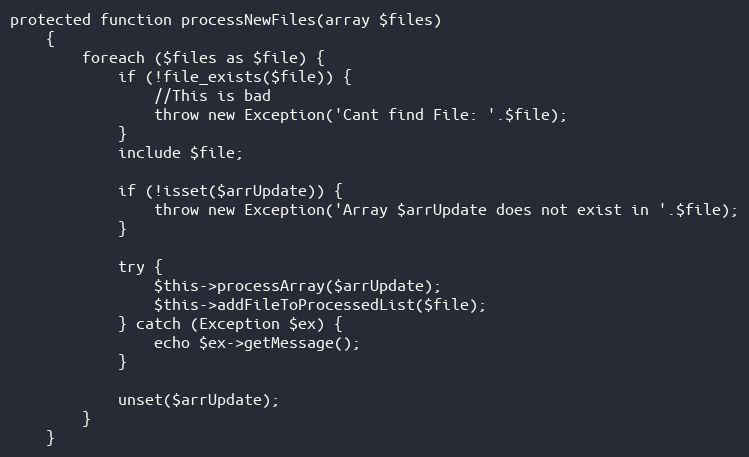
Language: PHP
protected function processNewFiles(array $files)
    {
        foreach ($files as $file) {
            if (!file_exists($file)) {
                //This is bad
                throw new Exception('Cant find File: '.$file);
            }
            include $file;

            if (!isset($arrUpdate)) {
                throw new Exception('Array $arrUpdate does not exist in '.$file);
            }

            try {
                $this->processArray($arrUpdate);
                $this->addFileToProcessedList($file);
            } catch (Exception $ex) {
                echo $ex->getMessage();
            }

            unset($arrUpdate);
        }
    }